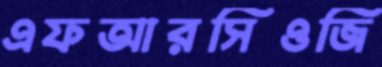
এফআরসিওজি